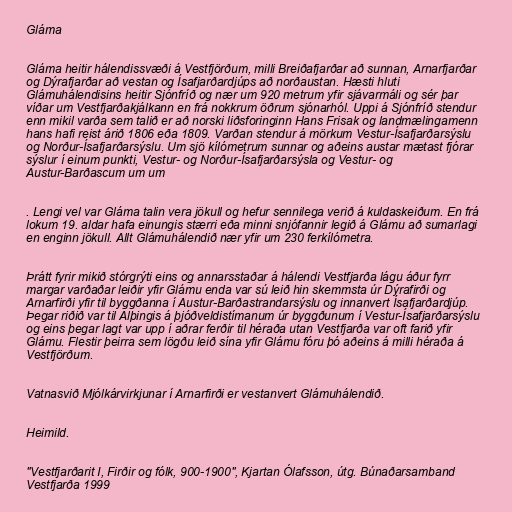
Gláma

Gláma heitir hálendissvæði á Vestfjörðum, milli Breiðafjarðar að sunnan, Arnarfjarðar
og Dýrafjarðar að vestan og Ísafjarðardjúps að norðaustan. Hæsti hluti
Glámuhálendisins heitir Sjónfríð og nær um 920 metrum yfir sjávarmáli og sér þar
víðar um Vestfjarðakjálkann en frá nokkrum öðrum sjónarhól. Uppi á Sjónfríð stendur
enn mikil varða sem talið er að norski liðsforinginn Hans Frisak og landmælingamenn
hans hafi reist árið 1806 eða 1809. Varðan stendur á mörkum Vestur-Ísafjarðarsýslu
og Norður-Ísafjarðarsýslu. Um sjö kílómetrum sunnar og aðeins austar mætast fjórar
sýslur í einum punkti, Vestur- og Norður-Ísafjarðarsýsla og Vestur- og
Austur-Barðascum um um

. Lengi vel var Gláma talin vera jökull og hefur sennilega verið á kuldaskeiðum. En frá
lokum 19. aldar hafa einungis stærri eða minni snjófannir legið á Glámu að sumarlagi
en enginn jökull. Allt Glámuhálendið nær yfir um 230 ferkílómetra.

Þrátt fyrir mikið stórgrýti eins og annarsstaðar á hálendi Vestfjarða lágu áður fyrr
margar varðaðar leiðir yfir Glámu enda var sú leið hin skemmsta úr Dýrafirði og
Arnarfirði yfir til byggðanna í Austur-Barðastrandarsýslu og innanvert Ísafjarðardjúp.
Þegar riðið var til Alþingis á þjóðveldistímanum úr byggðunum í Vestur-Ísafjarðarsýslu
og eins þegar lagt var upp í aðrar ferðir til héraða utan Vestfjarða var oft farið yfir
Glámu. Flestir þeirra sem lögðu leið sína yfir Glámu fóru þó aðeins á milli héraða á
Vestfjörðum.

Vatnasvið Mjólkárvirkjunar í Arnarfirði er vestanvert Glámuhálendið.

Heimild.

"Vestfjarðarit I, Firðir og fólk, 900-1900", Kjartan Ólafsson, útg. Búnaðarsamband
Vestfjarða 1999